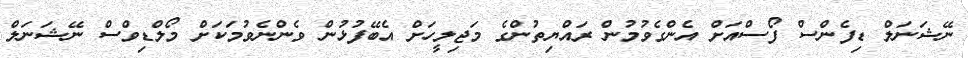
ނޭޝަނަލް ޑިފެންސް ފޯސްއަށް އެންގެވުމުން ރައްޔިތުންގެ މަޖިލީހަށް އެބޭފުޅުން ވެންނެވުމަކަށް މޯލްޑިވްސް ނޭޝަނަލް